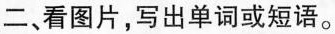
二、看图片，写出单词或短语。